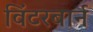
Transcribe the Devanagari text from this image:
विंटरबार्न